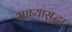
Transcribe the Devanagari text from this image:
माष्यासुद्धा